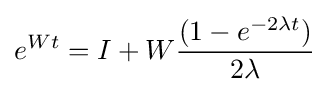
e^{Wt}=I+W{\frac {(1-e^{-2\lambda t})}{2\lambda }}